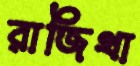
রাজিথা